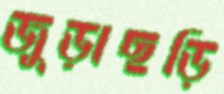
জুড়াছড়ি